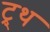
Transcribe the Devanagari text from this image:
ट्र्थ